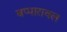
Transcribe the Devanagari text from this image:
बप्पारावल